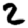
Digit: 2